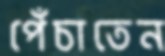
পেঁচাতেন